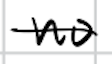
Text: no
Cross-out: mix
Writing tool: digital_black